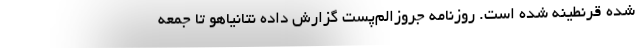
شده قرنطینه شده است. روزنامه جروزالم‌پست گزارش داده نتانیاهو تا جمعه